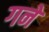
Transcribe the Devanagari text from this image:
गने